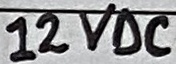
Text: 12VDC